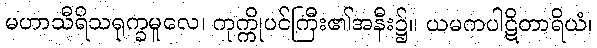
မဟာသီရိသရုက္ခမူလေ၊ ကုက္ကိုပင်ကြီး၏အနီး၌။ ယမကပါဋိတာရိယံ၊